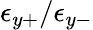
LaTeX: \epsilon_{y+}/\epsilon_{y-}